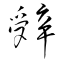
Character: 辤